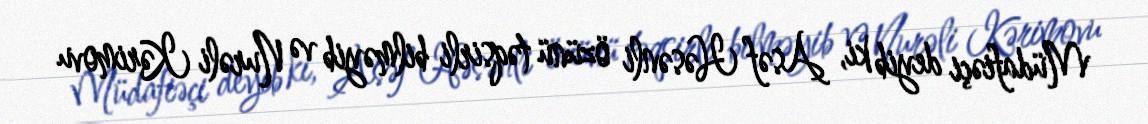
Müdafiəçi deyib ki, Asəf Həsənli özünü təqsirli bilməyib və Nurəli Kərimovu